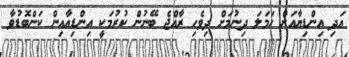
އަދި އިންޑިޔާއަށް ހަމަލަ ދިނުމަށް ދިވެހި ރާއްޖެ ބޭނުން ކުރުމަކީ އިންޑިއާއިން ކަންބޮޑުވާ